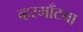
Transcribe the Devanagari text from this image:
व्हरमाँटचा